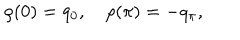
\rho ( 0 ) = q _ { 0 } , \quad \rho ( \pi ) = - q _ { \pi } ,